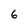
Character: 6